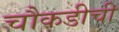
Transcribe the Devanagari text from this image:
चौकडीची